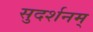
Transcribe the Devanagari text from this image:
सुदर्शनम्